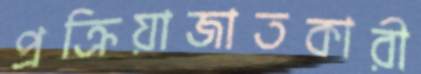
প্রক্রিয়াজাতকারী